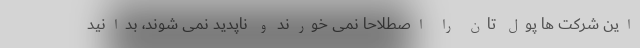
این شرکت ها پول تان را اصطلاحا نمی خورند و ناپدید نمی شوند، بدانید